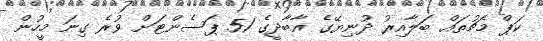
ކަޕް މެޗުތައް ބަލާއިރު ދުނިޔޭގެ އާބާދީގެ 51 ޕަސެންޓަށް ވުރެ ގިނަ މީހުން